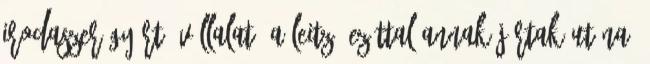
irodaszer gyártó vállalat, a Leitz. Ezúttal annak jártak utána,